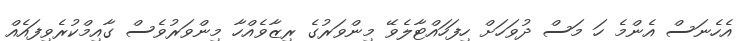
އެހެނަސް އެންމެ ހަ މަސް ދުވަހަށް ހިފަހައްޓާލެވޭ މިންވަރުގެ ރިޒާވެއްހާ މިންވަރުވެސް ގާއިމްކުރެވިފައެއް